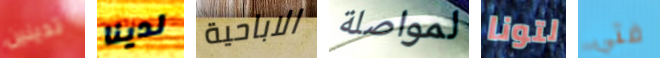
تدينين لدينا الاباحية لمواصلة لتونا فتي